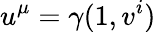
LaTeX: u^{\mu}=\gamma(1,v^{i})